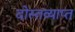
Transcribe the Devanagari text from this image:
दोस्तव्याप्त